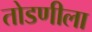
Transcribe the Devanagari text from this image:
तोडणीला